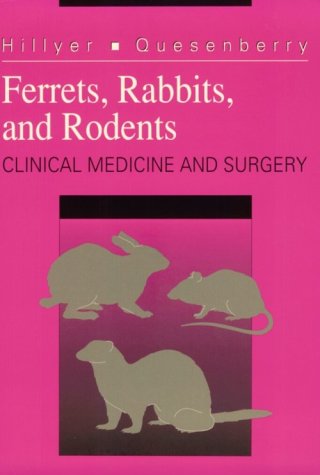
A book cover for Ferrets, Rabbits, and Rodents: Clinical Medicine and Surgery; Elizabeth V. Hillyer DVM; Medical Books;